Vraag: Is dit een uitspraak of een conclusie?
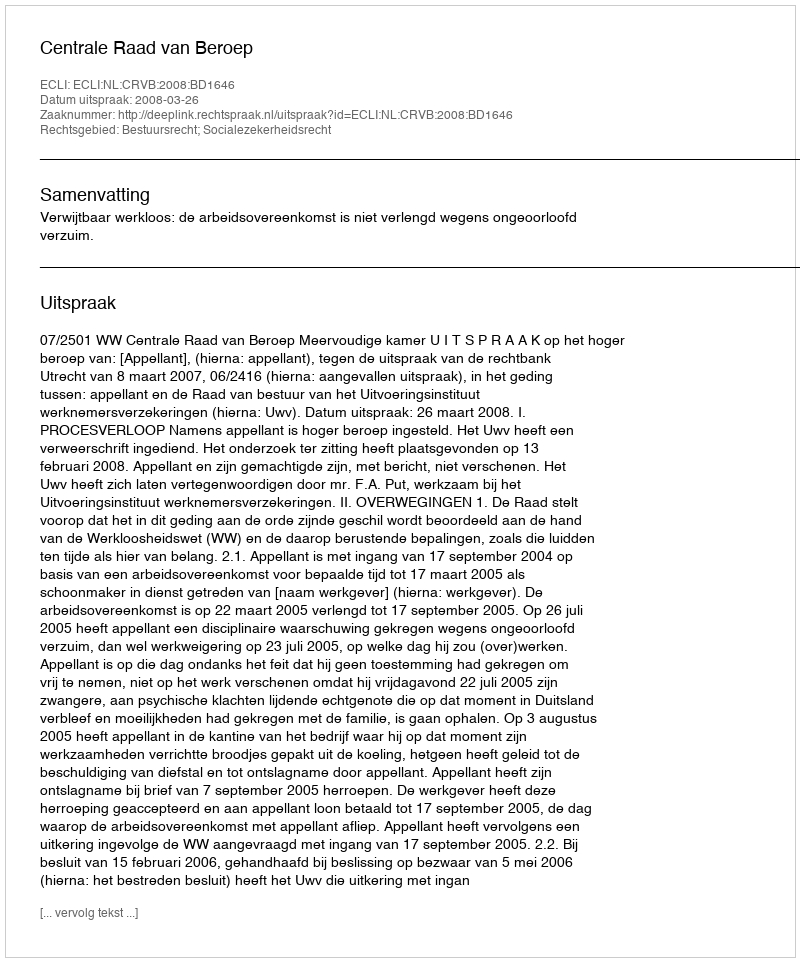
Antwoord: Uitspraak